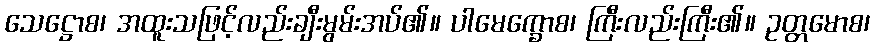
သေဋ္ဌောစ၊ အထူးသဖြင့်လည်းချီးမွမ်းအပ်၏။ ပါမေက္ခောစ၊ ကြီးလည်းကြီး၏။ ဥတ္တမောစ၊